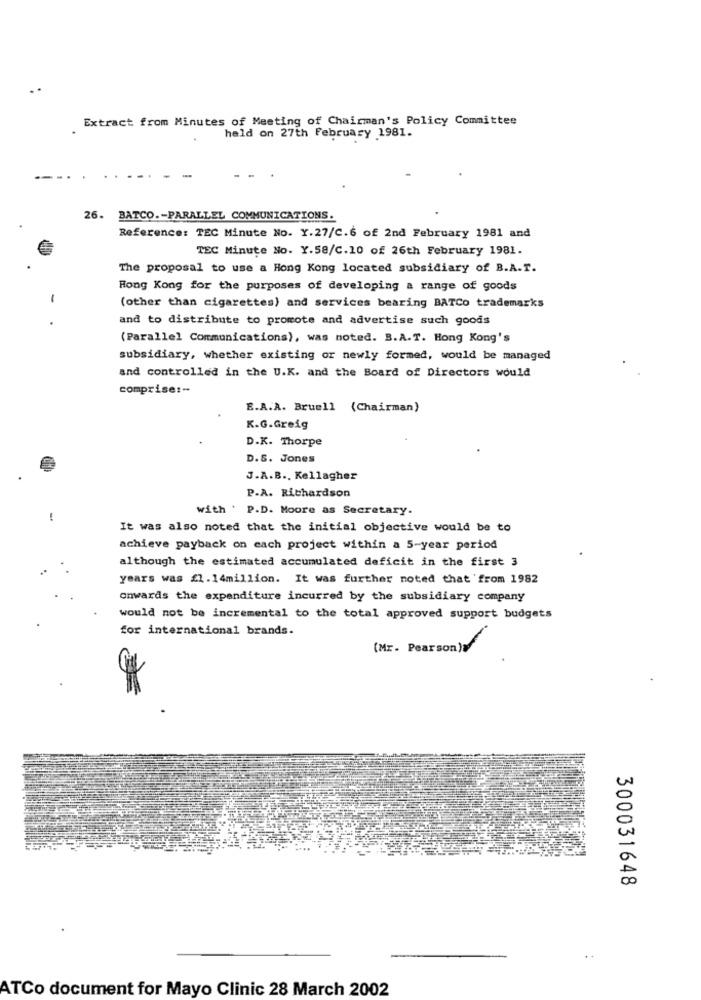
Extract from Minutes of Meeting of Chairman's Policy Committee
held on 27th February 1981.
26. BATCO .- PARALLEL COMMUNICATIONS.
Reference: TEC Minute No. Y.27/C.6 of 2nd February 1981 and
TEC Minute No. Y.58/C.10 of 26th February 1981.
The proposal to use a Hong Kong located subsidiary of B.A.T.
Hong Kong for the purposes of developing a range of goods
-
(other than cigarettes) and services bearing BATCo trademarks
and to distribute to promote and advertise such goods
(Parallel Communications), was noted. B.A.T. Hong Kong's
subsidiary, whether existing or newly formed, would be managed
and controlled in the U.K. and the Board of Directors would
comprise :-
E.A.A. Bruell (Chairman)
K.G.Greig
D.K. Thorpe
D.S. Jones
J.A.B ., Kellagher
P.A. Richardson
with . P.D. Moore as Secretary.
-
It was also noted that the initial objective would be to
achieve payback on each project within a 5-year period
although the estimated accumulated deficit in the first 3
years was £1.14million. It was further noted that 'from 1982
onwards the expenditure incurred by the subsidiary company
would not be incremental to the total approved support budgets
for international brands.
(Mr. Pearson)W
300031648
ATCo document for Mayo Clinic 28 March 2002